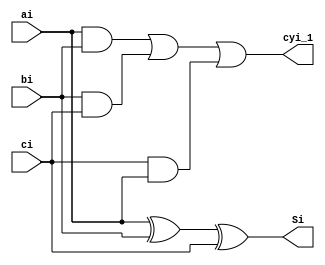
`timescale 1ns / 1ps

module FA(
    ai, bi, ci, cyi_1, Si
    );
    input ai, bi, ci;
    output wire cyi_1, Si;
    
    assign cyi_1 = ai&bi | bi&ci | ci&ai;
    assign Si = ai^bi^ci;
    
endmodule